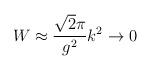
LaTeX: \begin{align*}W\approx \frac{\sqrt{2}\pi}{g^2}k^2 \rightarrow 0\end{align*}